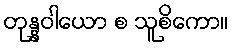
တုန္နဝါယော စ သူစိကော။